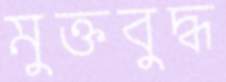
মুক্তবুদ্ধ